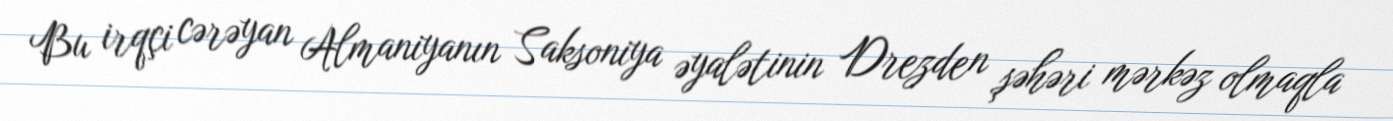
Bu irqçi cərəyan Almaniyanın Saksoniya əyalətinin Drezden şəhəri mərkəz olmaqla